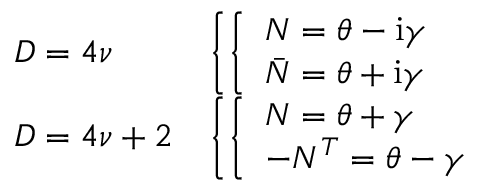
\begin{array} { l l } { { D = 4 \nu } } & { { \left\{ \left\{ \begin{array} { l l } { { { \cal N } = \theta - \mathrm { i } \gamma } } \\ { { { \bar { \cal N } } = \theta + \mathrm { i } \gamma } } \end{array} \right. \right. } } \\ { { D = 4 \nu + 2 } } & { { \left\{ \left\{ \begin{array} { l l } { { { \cal N } = \theta + \gamma } } \\ { { - { \cal N } ^ { T } = \theta - \gamma } } \end{array} \right. \right. } } \end{array}